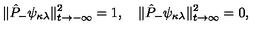
\| \hat { P } _ { - } \psi _ { \kappa \lambda } \| _ { t \rightarrow - \infty } ^ { 2 } = 1 , \quad \| \hat { P } _ { - } \psi _ { \kappa \lambda } \| _ { t \rightarrow \infty } ^ { 2 } = 0 ,